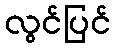
လွင်ပြင်